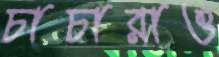
চাচারাও